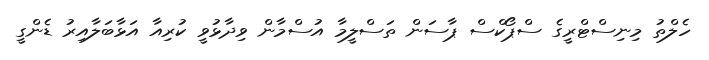
ހެލްތު މިނިސްޓްރީގެ ސްޕޯކްސް ޕާސަން ތަސްލީމާ އުސްމާން ވިދާޅުވީ ކުރިއާ އަޅާބަލާއިރު ޑެންގީ